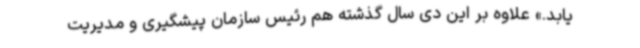
یابد.» علاوه‌ بر این دی سال گذشته هم رئیس سازمان پیشگیری و مدیریت